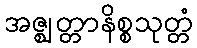
အဇ္ဈတ္တာနိစ္စသုတ္တံ